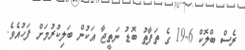
ރެސް ބްލޮކް 6-19 ގެ ތަފާތު ބޮޑު ނަތީޖާ އަކުން ބަލިކުރުމަށް ފަހުއެވެ.